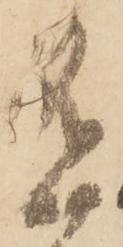
有